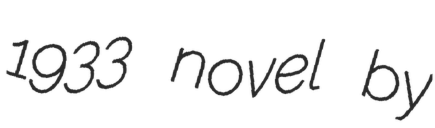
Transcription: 1933 novel by